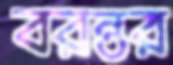
বরন্তর